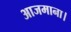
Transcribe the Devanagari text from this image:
आजमाना।